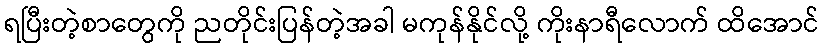
ရပြီးတဲ့စာတွေကို ညတိုင်းပြန်တဲ့အခါ မကုန်နိုင်လို့ ကိုးနာရီလောက် ထိအောင်